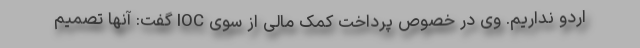
اردو نداریم. وی در خصوص پرداخت کمک مالی از سوی IOC گفت: آنها تصمیم